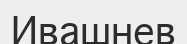
Ивашнев